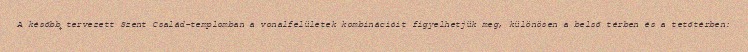
A később tervezett Szent Család-templomban a vonalfelületek kombinációit figyelhetjük meg, különösen a belső térben és a tetőtérben: